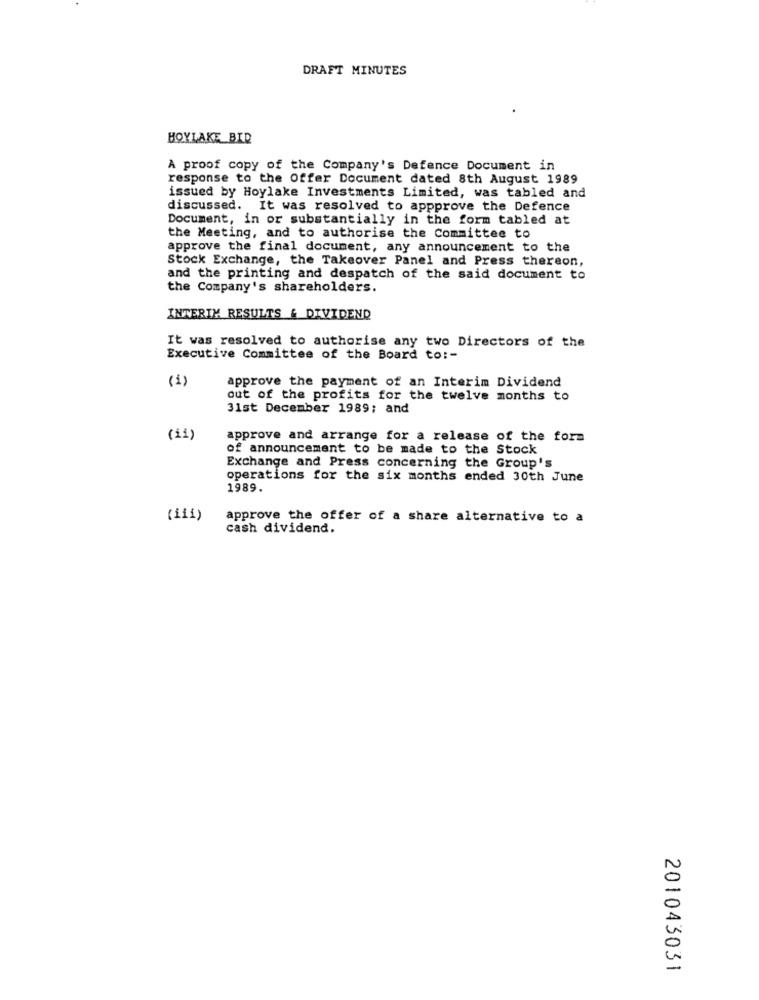
DRAFT MINUTES
HOYLAKE BID
A proof copy of the Company's Defence Document in
response to the Offer Document dated 8th August 1989
issued by Hoylake Investments Limited, was tabled and
discussed. It was resolved to appprove the Defence
Document, in or substantially in the form tabled at
the Meeting, and to authorise the Committee to
approve the final document, any announcement to the
Stock Exchange, the Takeover Panel and Press thereon,
and the printing and despatch of the said document to
the Company's shareholders.
INTERIM RESULTS & DIVIDEND
It was resolved to authorise any two Directors of the
Executive Committee of the Board to :-
(1)
approve the payment of an Interim Dividend
out of the profits for the twelve months to
31st December 1989; and
(11)
approve and arrange for a release of the form
of announcement to be made to the Stock
Exchange and Press concerning the Group's
operations for the six months ended 30th June
1989.
(iii)
approve the offer of a share alternative to a
cash dividend.
201043031